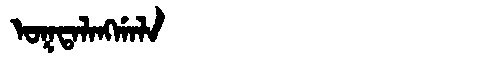
Manchu: ᠣᡴᡨᠠᠯᠠᠩᡤᠠᠯᠠ
Romanization: OKTALANGGALA